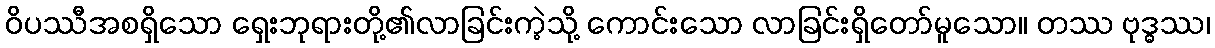
ဝိပဿီအစရှိသော ရှေးဘုရားတို့၏လာခြင်းကဲ့သို့ ကောင်းသော လာခြင်းရှိတော်မူသော။ တဿ ဗုဒ္ဓဿ၊